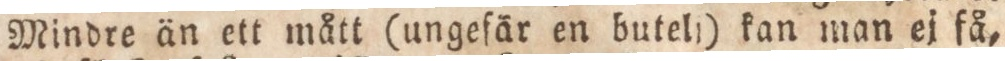
Mindre än ett mått (ungeſär en butell) kan man ej få,